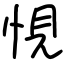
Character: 悓